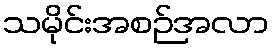
သမိုင်းအစဉ်အလာ